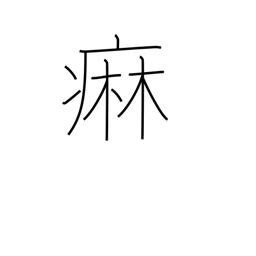
Meaning: gonorrhea